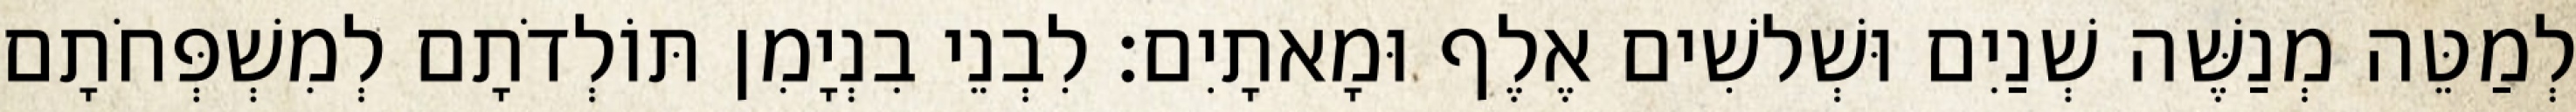
לְמַטֵּה מְנַשֶּׁה שְׁנַיִם וּשְׁלשִׁים אֶלֶף וּמָאתָיִם׃ לִבְנֵי בִנְיָמִן תּוֹלְדֹתָם לְמִשְׁפְּחֹתָם